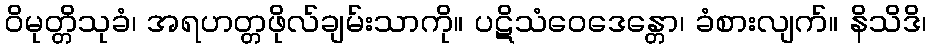
ဝိမုတ္တိသုခံ၊ အရဟတ္တဖိုလ်ချမ်းသာကို။ ပဋိသံဝေဒေန္တော၊ ခံစားလျက်။ နိသိဒိ၊